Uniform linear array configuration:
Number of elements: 4
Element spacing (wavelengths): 0.25
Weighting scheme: cosine
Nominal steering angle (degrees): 30
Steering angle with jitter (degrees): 29.805
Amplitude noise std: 0.05
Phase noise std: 0.05

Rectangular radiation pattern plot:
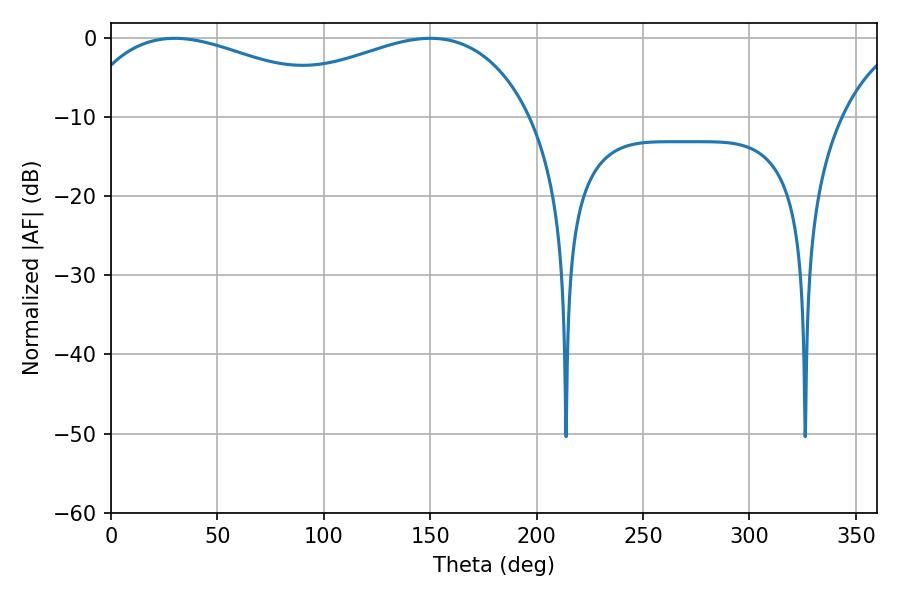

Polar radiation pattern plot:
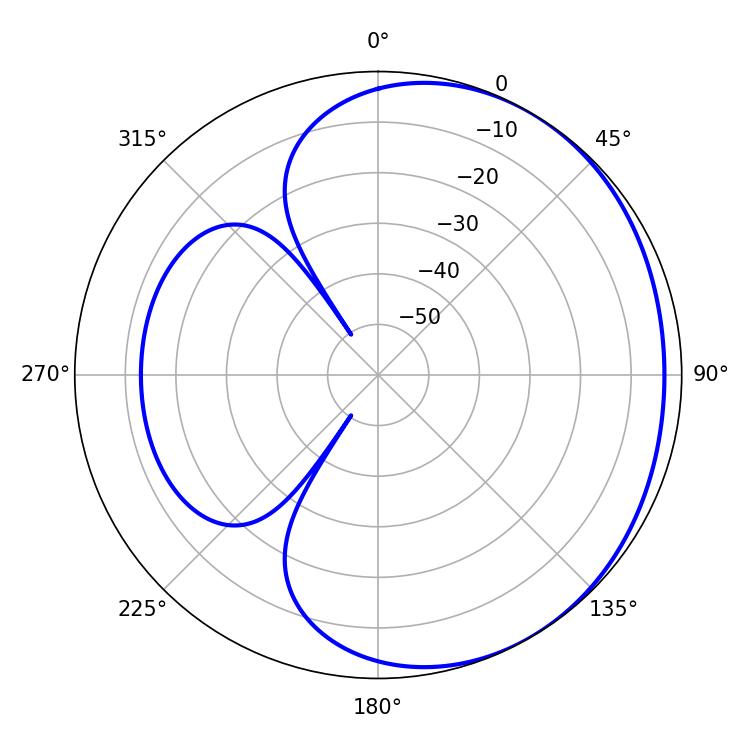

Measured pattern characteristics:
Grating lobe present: FALSE
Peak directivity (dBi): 1.865
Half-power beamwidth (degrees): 74.52
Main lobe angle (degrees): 29.88